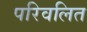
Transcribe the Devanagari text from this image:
परिवलित